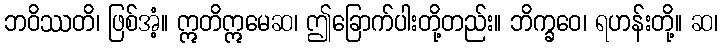
ဘဝိဿတိ၊ ဖြစ်အံ့။ ဣတိဣမေဆ၊ ဤခြောက်ပါးတို့တည်း။ ဘိက္ခဝေ၊ ရဟန်းတို့။ ဆ၊